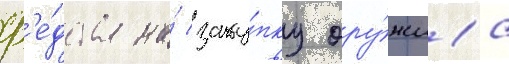
ср'е́дства на́ заку́пку ору́жиа